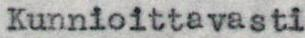
Kunnioittavasti